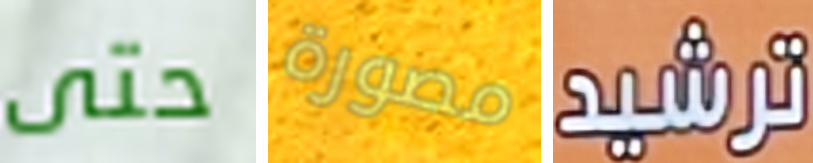
حتى مصورة ترشيد